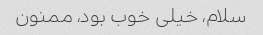
سلام، خیلی خوب بود، ممنون